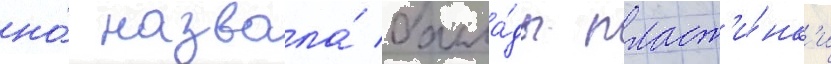
но́ назвала́ балла́ды пласт'и́нк'и